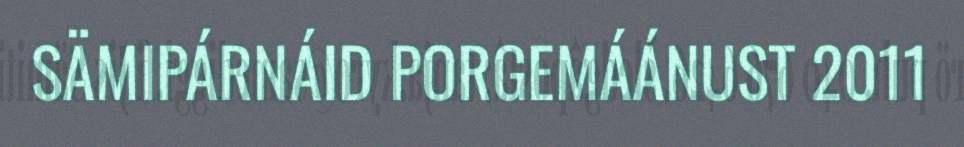
SÄMIPÁRNÁID PORGEMÁÁNUST 2011